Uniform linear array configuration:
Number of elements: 4
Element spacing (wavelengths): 0.5
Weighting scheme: hamming
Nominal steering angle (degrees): -60
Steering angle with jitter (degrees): -59.883
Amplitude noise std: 0.05
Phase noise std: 0.05

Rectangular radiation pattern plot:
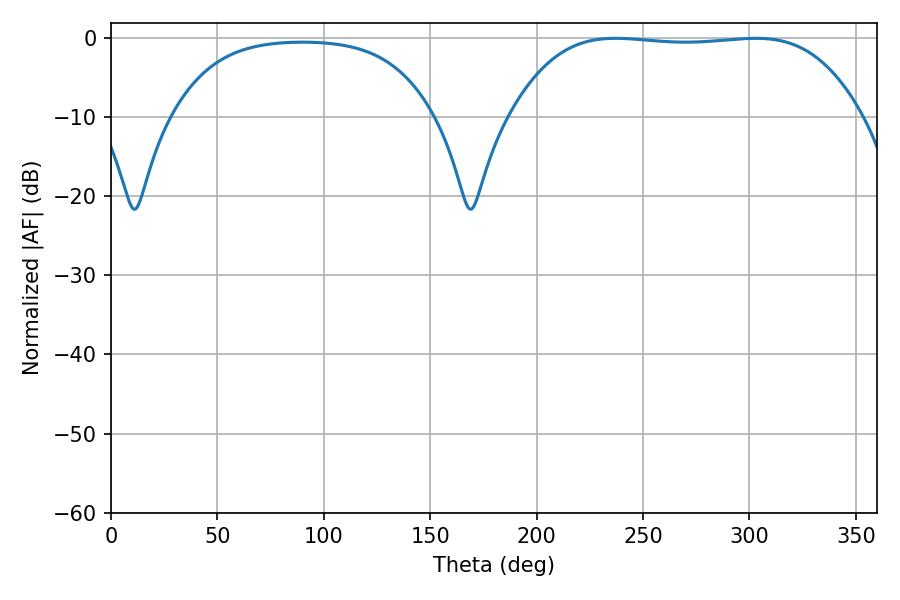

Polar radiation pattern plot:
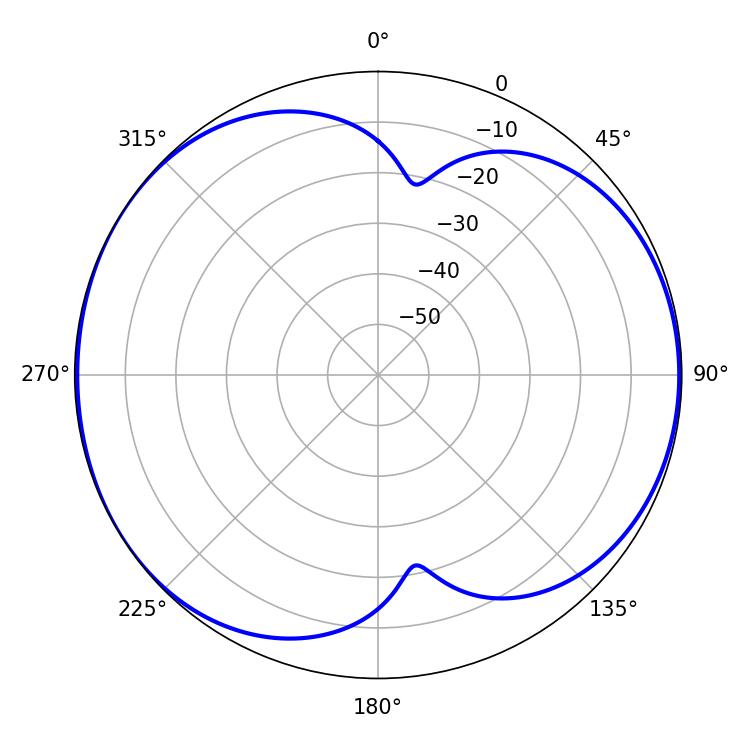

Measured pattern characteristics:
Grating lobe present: FALSE
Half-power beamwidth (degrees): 128.16
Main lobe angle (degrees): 237.06